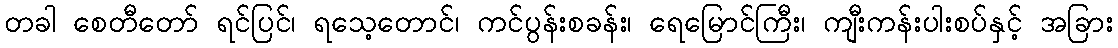
တခါ စေတီတော် ရင်ပြင်၊ ရသေ့တောင်၊ ကင်ပွန်းစခန်း၊ ရေမြောင်ကြီး၊ ကျီးကန်းပါးစပ်နှင့် အခြား